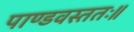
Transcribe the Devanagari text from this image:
पाण्डवस्ततः॥